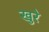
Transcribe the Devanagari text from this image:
खुरे